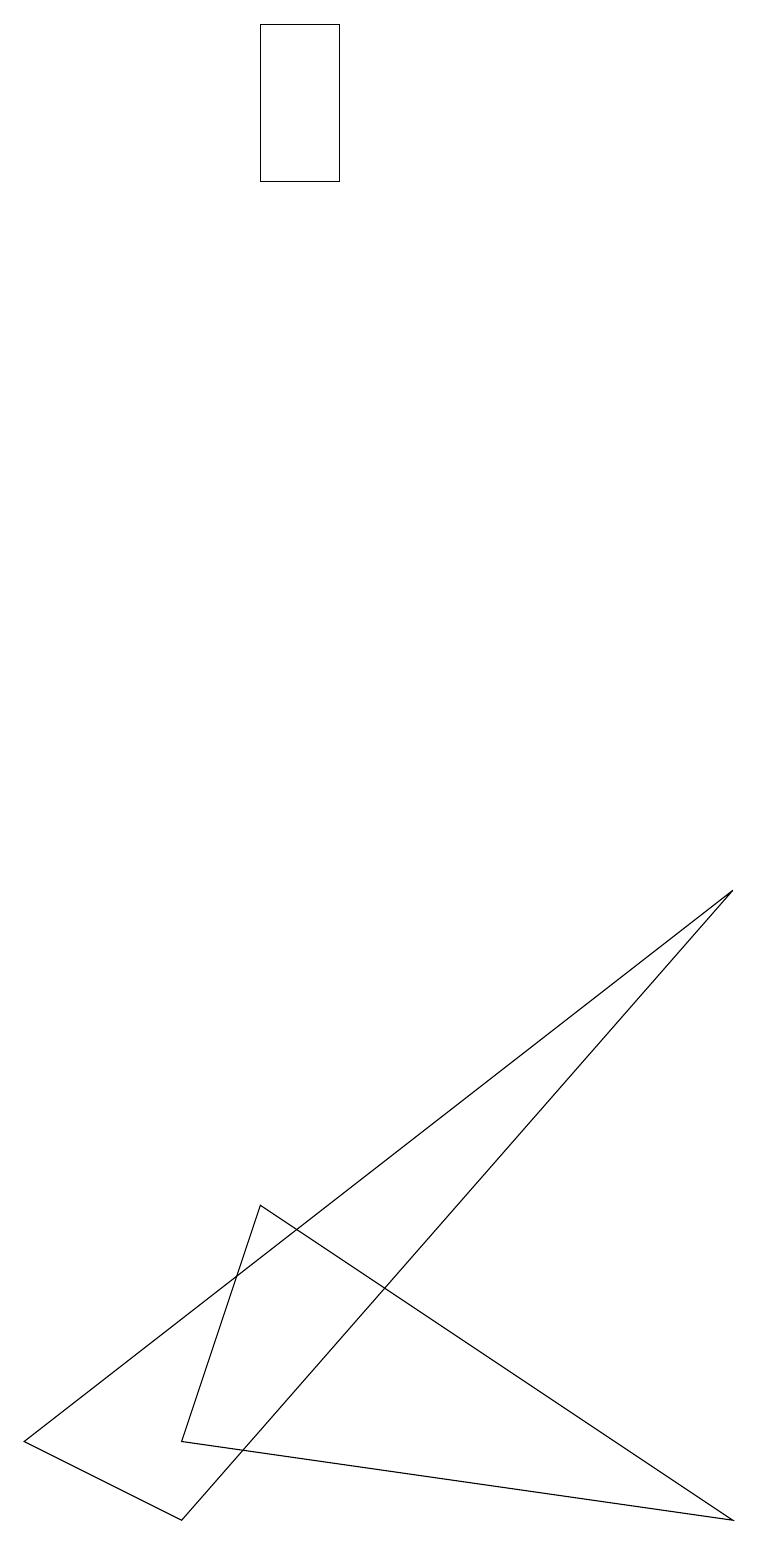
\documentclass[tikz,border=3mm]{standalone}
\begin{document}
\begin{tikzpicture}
\draw (9,0) -- (2,1) -- (3,4) -- cycle;
\draw (3,19) rectangle (4,17);
\draw (0,1) -- (2,0) -- (9,8) -- cycle;
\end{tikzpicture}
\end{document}